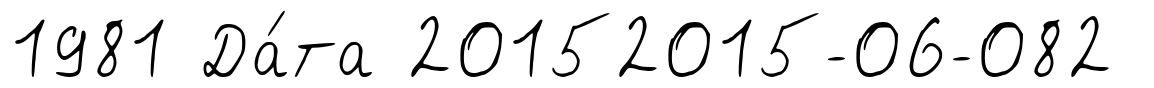
1981 Да́та 20152015-06-082